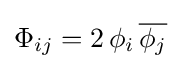
\Phi _{ij}=2\,\phi _{i}\,{\overline {\phi _{j}}}